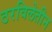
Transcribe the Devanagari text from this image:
ठरविलेतीन